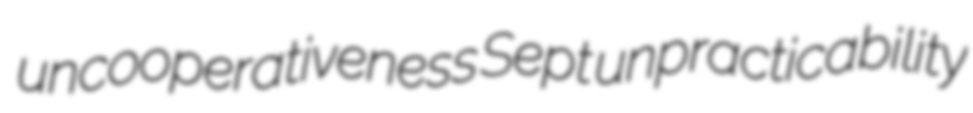
uncooperativeness Sept unpracticability